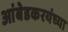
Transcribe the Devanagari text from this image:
आंबेडकरयंच्या